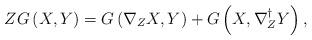
LaTeX: \begin{align*}ZG\left( X,Y\right) =G\left( \nabla _{Z}X,Y\right) +G\left( X,\nabla_{Z}^{\dag }Y\right) , \end{align*}